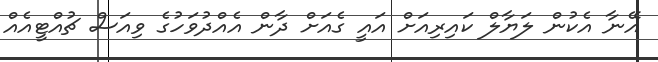
އޭނާ އެކުން ލަޔާލް ކައިރިއަށް އައީ ގެއަށް ދާން އެއްދުވަހުގެ ވިއަސް ޗުއްޓީއެއް